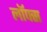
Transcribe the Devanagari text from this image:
लॉफ्स